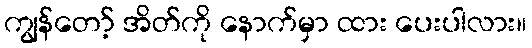
ကျွန်တော့် အိတ်ကို နောက်မှာ ထား ပေးပါလား။